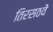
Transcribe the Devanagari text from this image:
तिरसठवें